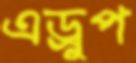
এড্রুপ